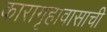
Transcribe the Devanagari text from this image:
कारागृहावासाची